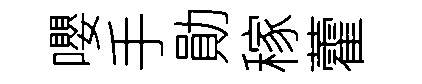
嚶手勛稼藿